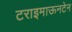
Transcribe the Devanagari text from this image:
टराइमाऊनटेन